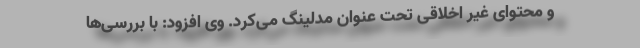
و محتوای غیر اخلاقی تحت عنوان مدلینگ می‌کرد. وی افزود: با بررسی‌ها